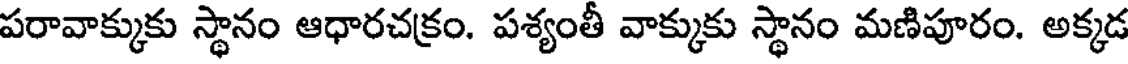
పరావాక్కుకు స్థానం ఆధారచక్రం. పశ్యంతీ వాక్కుకు స్థానం మణిపూరం. అక్కడ